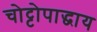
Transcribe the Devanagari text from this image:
चोट्टोपाद्धाय